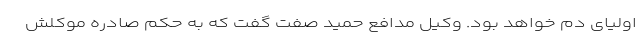
اولیای دم خواهد بود. وکیل مدافع حمید صفت گفت که به حکم صادره موکلش